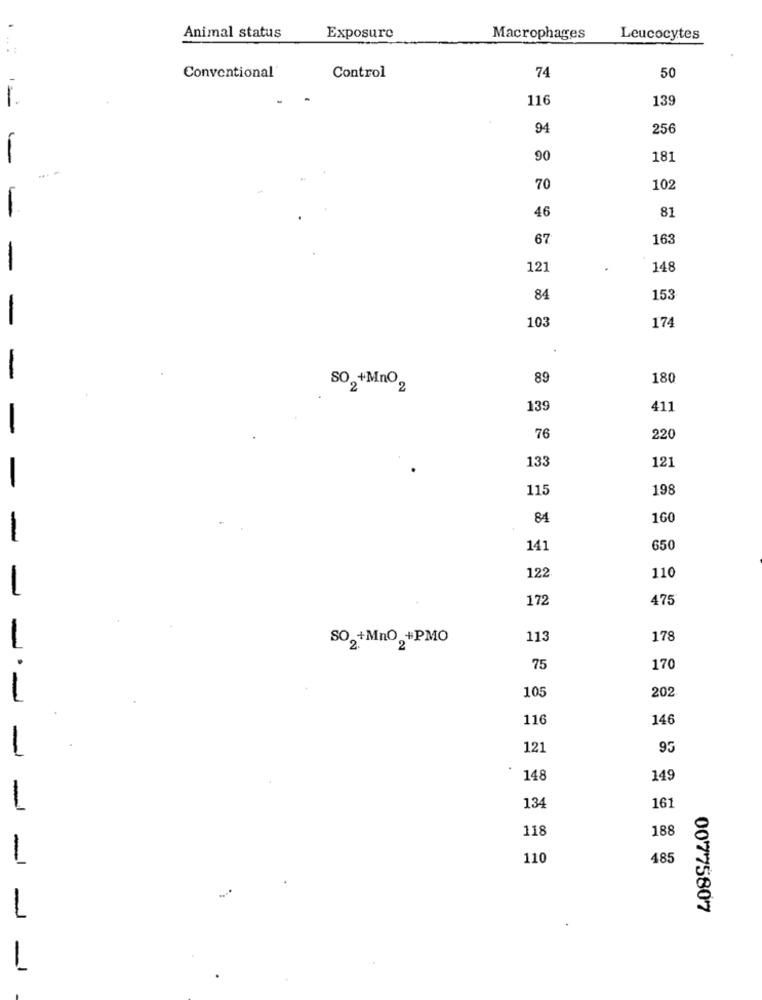
Animal status
Exposure
Macrophages
Leucocytes
74
Conventional'
Control
50
116
139
94
256
90
181
70
102
46
81
67
163
121
148
84
153
103
174
89
180
SO, +Mno2
139
411
76
220
133
121
115
198
84
160
-
141
650
122
110
172
475
SO,+MnO +PMO
113
178
75
170
105
202
--
116
146
121
95
148
149
134
161
118
188
-
110
485
1
00775807